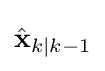
{\hat {\mathbf {x} }}_{k\mid k-1}